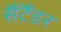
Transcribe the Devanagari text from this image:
सैंटैंडर